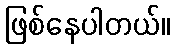
ဖြစ်နေပါတယ်။